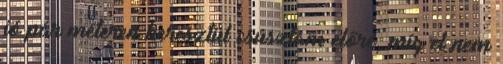
jó pár méteren keresztül csúsztam előre, míg el nem